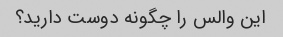
این والس را چگونه دوست دارید؟